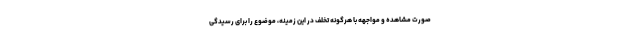
صورت مشاهده و مواجهه با هرگونه تخلف در این زمینه، موضوع را برای رسیدگی